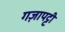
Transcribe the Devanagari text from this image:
गज़ापट्टी